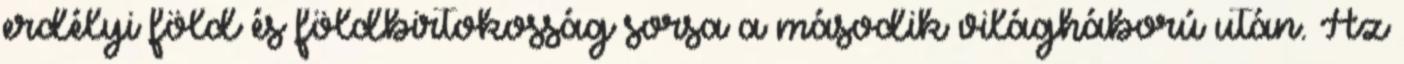
erdélyi föld és földbirtokosság sorsa a második világháború után. Az